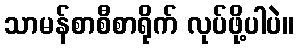
သာမန်စာစီစာရိုက် လုပ်ဖို့ပါပဲ။